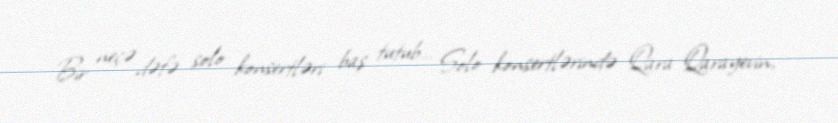
Bir neçə dəfə solo konsertləri baş tutub… Solo konsertlərində Qara Qarayevin,